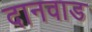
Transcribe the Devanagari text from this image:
दानवाड